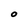
Character: 0